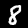
Label: 8